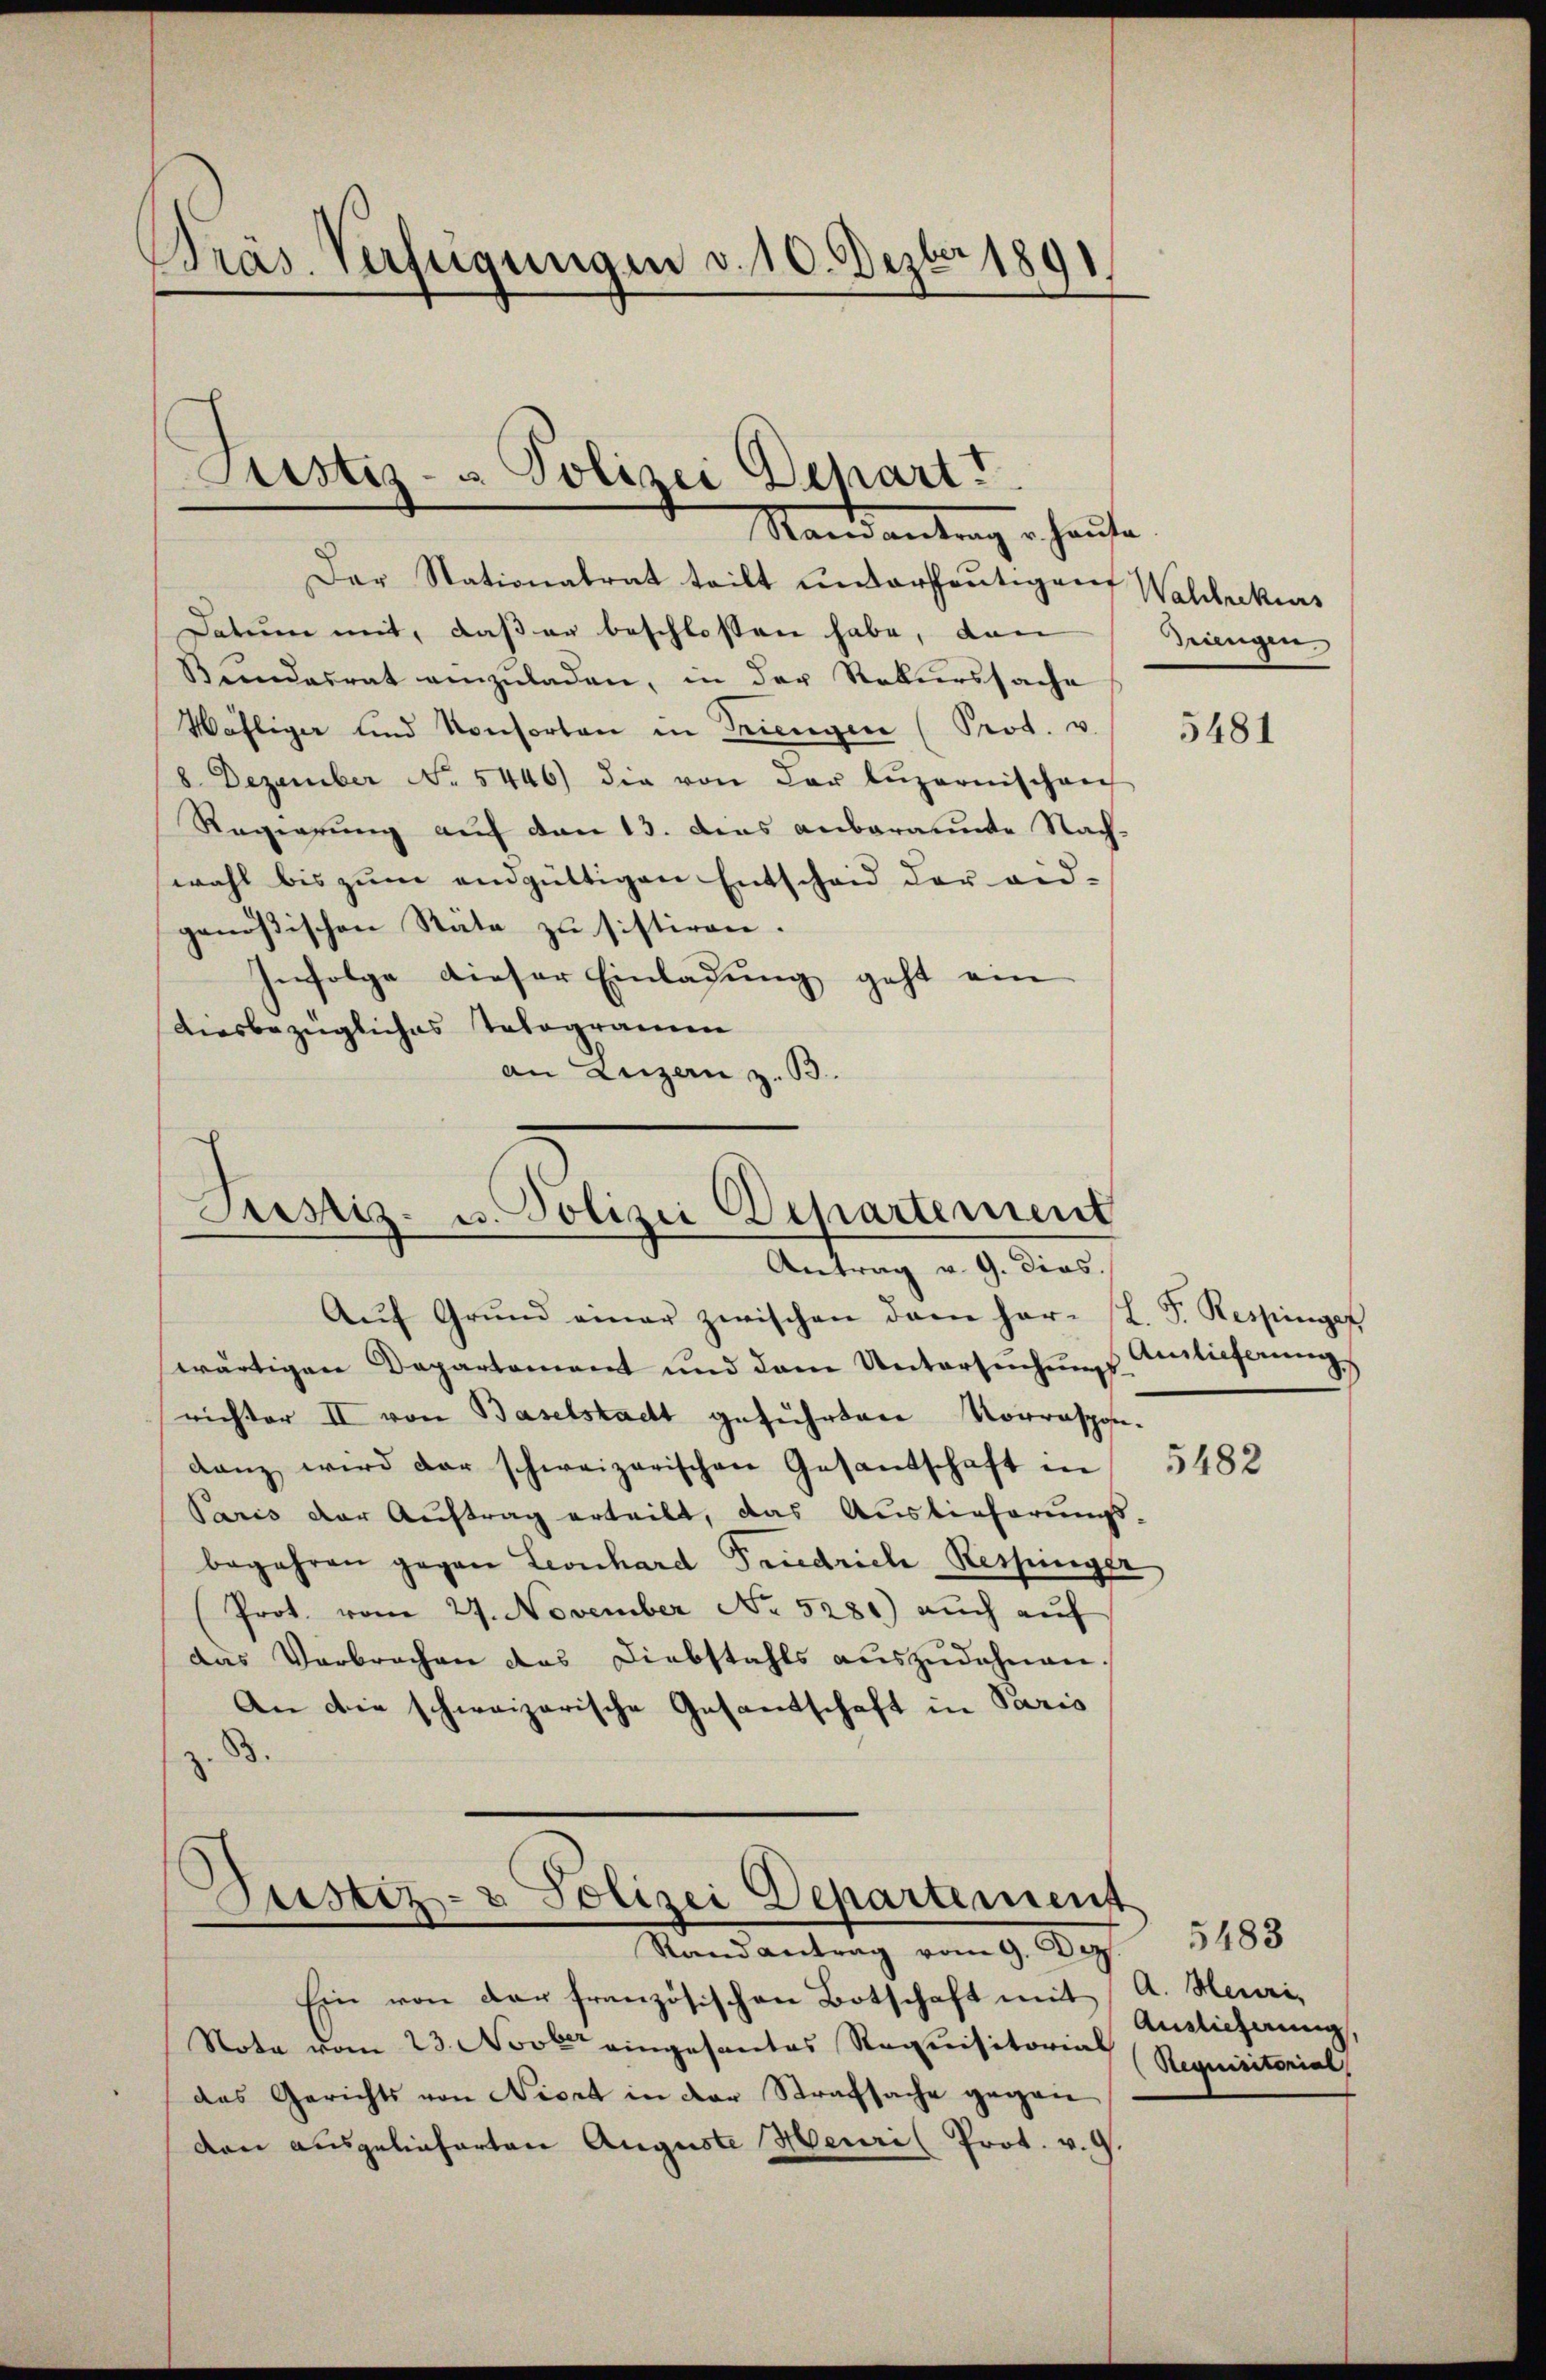
Präs. Verfügungen v. 10. Dezbr 1891.

Justiz- & Polizei Depart
Randantrag hause

Der Stationalrat teilt untersheutigen Wahlrekurs
Datum mit, daß er beschlossen habe, dann
Bundesrat einzuladen, in der Rekurssache
Wäfliger und Konsorten in Triengen (Prot. v.
8 Dezember No. 5446) die von der Lŭzernischen
Regierung auf den 13. dies anberaumte Nach-
wohl bis zum endgültigen Entscheid der eid-
genößischen Stäte zu sistiren.
Infolge dieser Einladung geht ein
diesbezügliches Telegramm
an Luzen z. B.

Justiz- u. Polizei Departement
Antrag v. 9. dies.

Justiz- & Polizei Departement
Randantrag vom 9. Dez.

Aŭf Grŭnd einer zwischen dem har- L. F. Respinger
wärtigen Departement und dem Untersuchungs-Einlieferung
richter II von Baselstacht geführten Vorrespon-
danz wird der schweizerischen Gesandschaft in 5482
Paris der Auftrag erteilt, das Auslieferungs
begehren gegen Leonhard Friedrich Respinger
Prot. vom 27. November No. 5281) auch aŭf
das Verbrechen des Diebstahls auszudehnen.
An die schweizerische Gesandschaft in Paris

drungen.

Ein von der französischen Botschaft mit A. Heuri,
Note vom 23. Novber eingesantes Requisitorial
das Gerichts von Niert in der Strafsache gegen
den ausgelieferten Auguste Heuri (Prot. v. 9.

5481

5483
Anglicherung,
Requisitorial